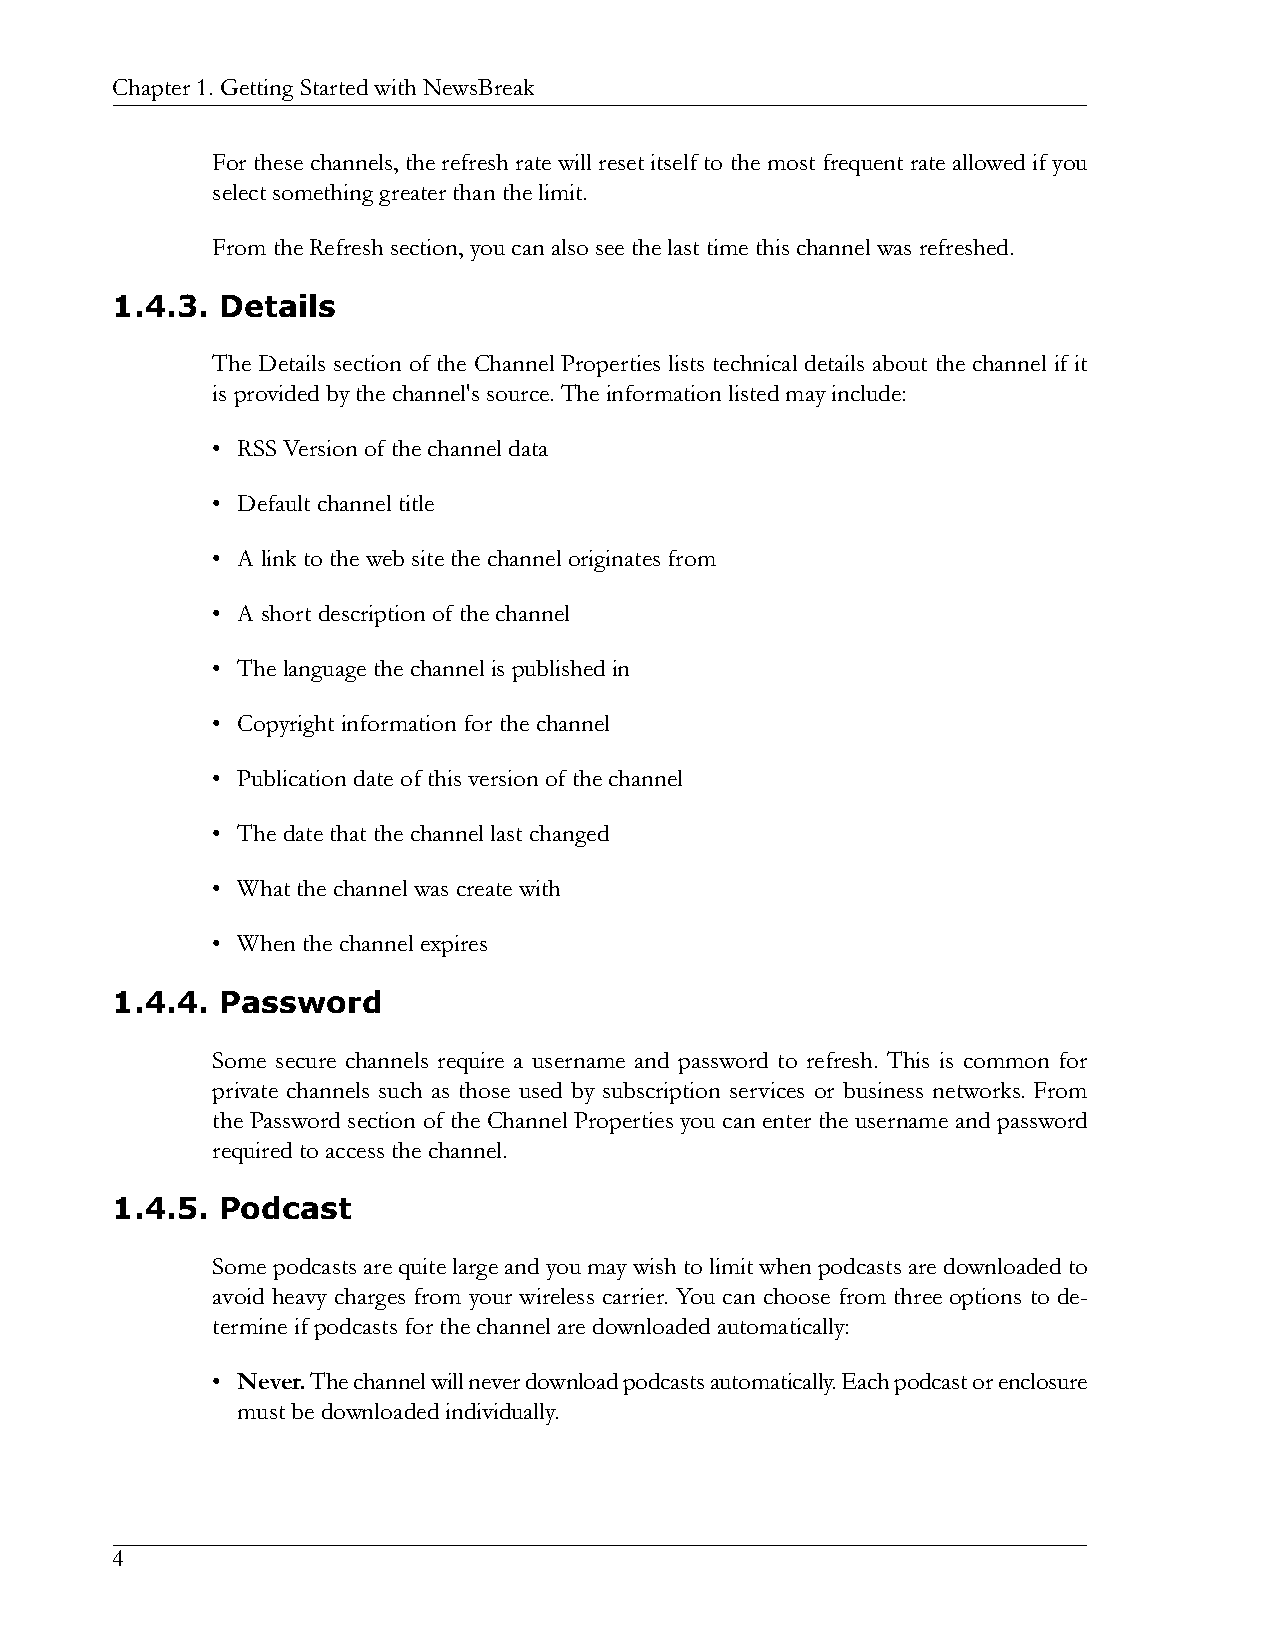
Chapter1.GettingStartedwithNewsBreak
 For these channels, the refresh rate will reset itself to the most frequent rate allowed if you
 selectsomethinggreaterthanthelimit.
 FromtheRefreshsection,youcanalsoseethelasttimethischannelwasrefreshed.
 1.4.3.  Details
 The Details section of the Channel Properties lists technical details about the channel if it
 isprovidedbythechannel'ssource.Theinformationlistedmayinclude:
 • RSSVersionofthechanneldata
 • Defaultchanneltitle
 • Alinktothewebsitethechanneloriginatesfrom
 • Ashortdescriptionofthechannel
 • Thelanguagethechannelispublishedin
 • Copyrightinformationforthechannel
 • Publicationdateofthisversionofthechannel
 • Thedatethatthechannellastchanged
 • Whatthechannelwascreatewith
 • Whenthechannelexpires
 1.4.4.  Password
 Some secure channels require a username and password to refresh. This is common for
 private channels such as those used by subscription services or business networks. From
 the Password section of the Channel Properties you can enter the username and password
 requiredtoaccessthechannel.
 1.4.5.  Podcast
 Somepodcastsarequitelargeandyoumaywishtolimitwhenpodcastsaredownloadedto
 avoid heavy charges from your wireless carrier. You can choose from three options to de-
 termineifpodcastsforthechannelaredownloadedautomatically:
 • Never.Thechannelwillneverdownloadpodcastsautomatically.Eachpodcastorenclosure
 mustbedownloadedindividually.
 4